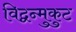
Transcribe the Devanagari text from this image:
विद्वन्मुकुट